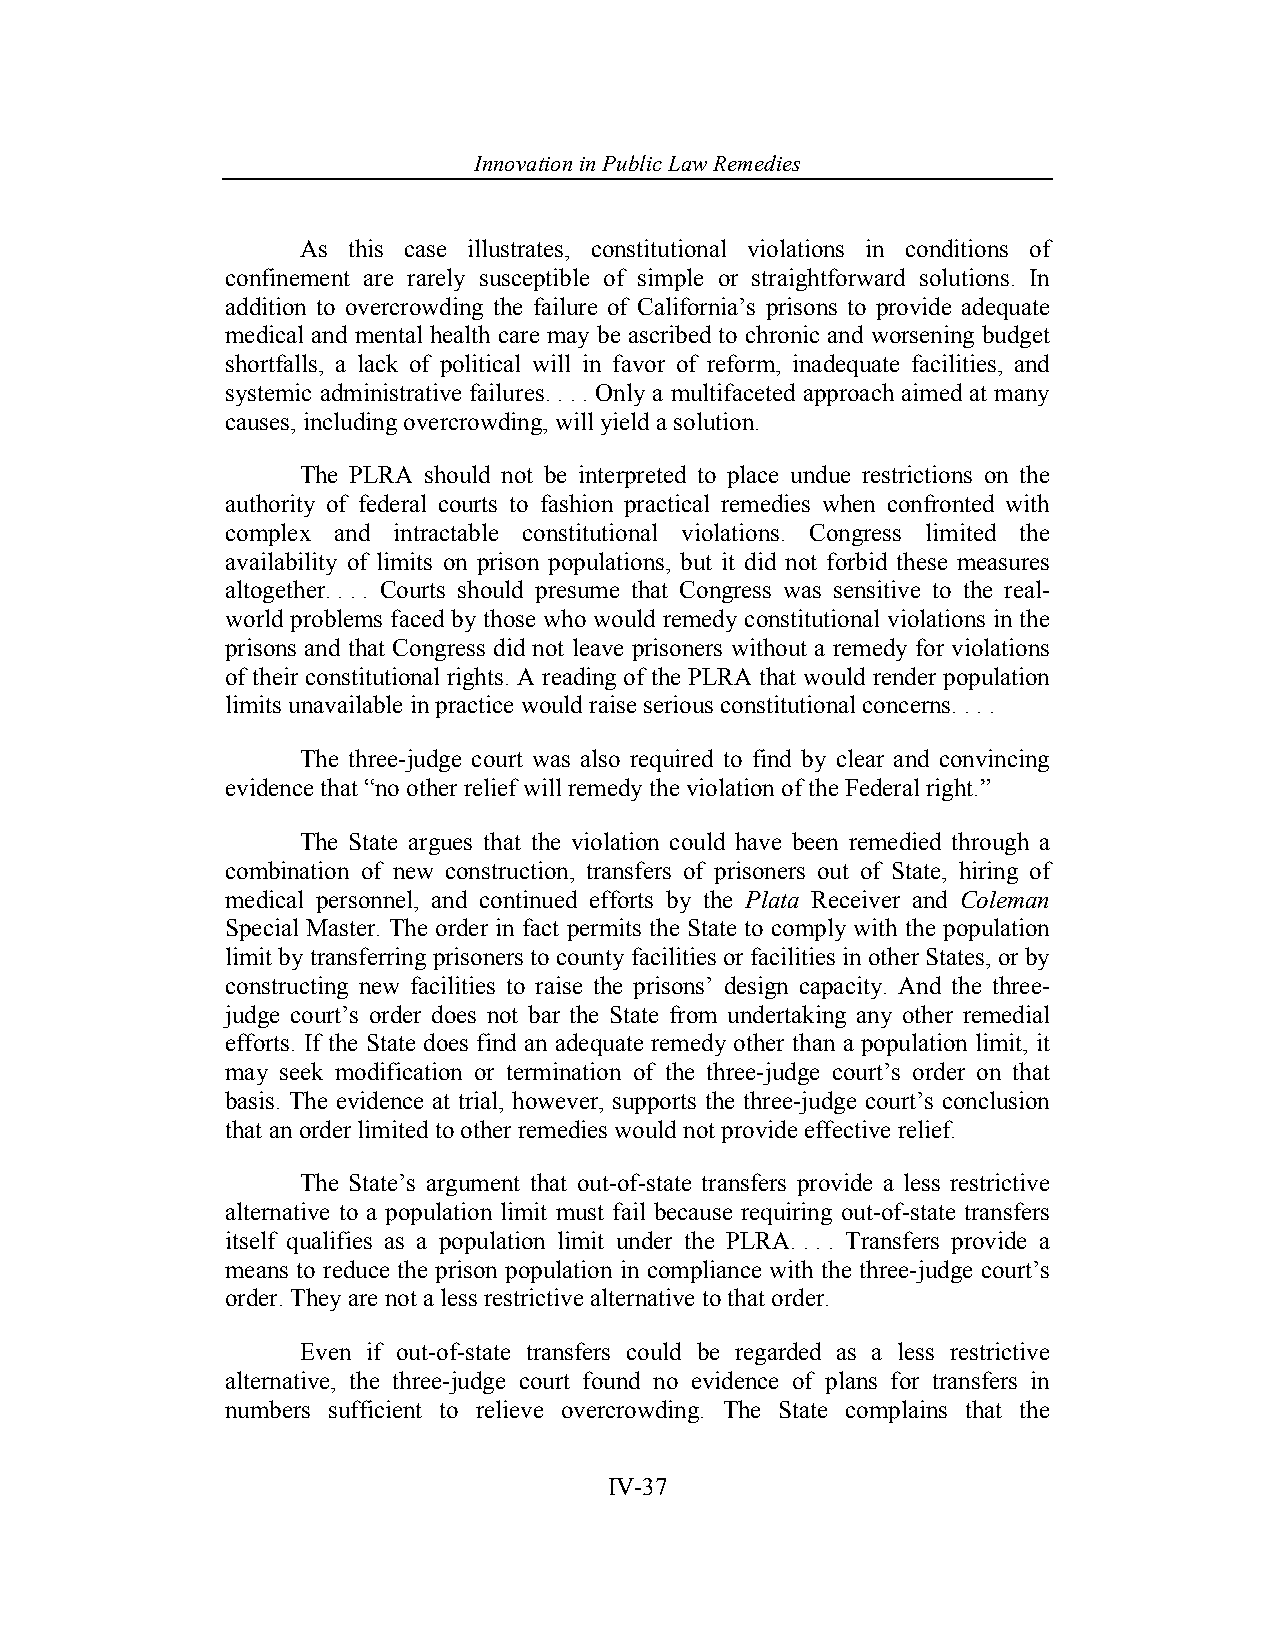
Innovation in Pub lic Law Remedies
 As this case illustrates, constitutional violations in conditions of
 confinement are rarely susceptible of simple or straightforward solutions. In
 addition to overcrowding the failure of California’s prisons to provide adequate
 medical and mental health care may be ascribed to chronic and worsening budget
 shortfalls, a lack of political will in favor of reform, inadequate facilities, and
 systemic administrative failures. . . . Only a multifaceted approach aimed at many
 causes, including overcrowding, will yield a solution.
 The PLRA should not be interpreted to place undue restrictions on the
 authority of federal courts to fashion practical remedies when confronted with
 complex and intractable constitutional violations. Congress limited the
 availability of limits on prison populations, but it did not forbid these measures
 altogether. . . . Courts should presume that Congress was sensitive to the real-
 world problems faced by those who would remedy constitutional violations in the
 prisons and that Congress did not leave prisoners without a remedy for violations
 of their constitutional rights. A reading of the PLRA that would render population
 limits unavailable in practice would raise serious constitutional concerns. . . .
 The three-judge court was also required to find by clear and convincing
 evidence that “no other relief will remedy the violation of the Federal right.”
 The State argues that the violation could have been remedied through a
 combination of new construction, transfers of prisoners out of State, hiring of
 medical personnel, and continued efforts by the Plata Receiver and Coleman
 Special Master. The order in fact permits the State to comply with the population
 limit by transferring prisoners to county facilities or facilities in other States, or by
 constructing new facilities to raise the prisons’ design capacity. And the three-
 judge court’s order does not bar the State from undertaking any other remedial
 efforts. If the State does find an adequate remedy other than a population limit, it
 may seek modification or termination of the three-judge court’s order on that
 basis. The evidence at trial, however, supports the three-judge court’s conclusion
 that an order limited to other remedies would not provide effective relief.
 The State’s argument that out-of-state transfers provide a less restrictive
 alternative to a population limit must fail because requiring out-of-state transfers
 itself qualifies as a population limit under the PLRA. . . . Transfers provide a
 means to reduce the prison population in compliance with the three-judge court’s
 order. They are not a less restrictive alternative to that order.
 Even if out-of-state transfers could be regarded as a less restrictive
 alternative, the three-judge court found no evidence of plans for transfers in
 numbers sufficient to relieve overcrowding. The State complains that the
 IV-37